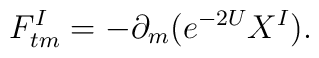
F_{tm}^I=-\partial_m(e^{-2U}X^I).